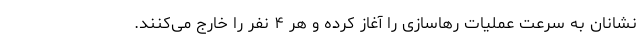
نشانان به سرعت عملیات رهاسازی را آغاز کرده و هر ۴ نفر را خارج می‌کنند.